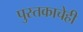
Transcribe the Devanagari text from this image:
पुस्तकाचेही